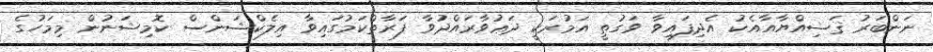
ނަންބަރު ޤަޟިއްޔާއާއެކު އެދިފައިވާ ވަގުތީ އަމުރަކީ ދަޢުވާރައްދުވާ ފަރާތްކަމުގައިވާ އިލެކްޝަންސް ކޮމިޝަނުން މިމަހުގެ